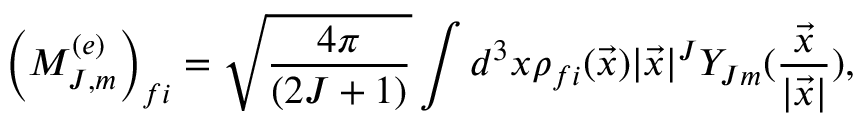
\left( M _ { J , m } ^ { ( e ) } \right) _ { f i } = \sqrt { { \frac { 4 \pi } { ( 2 J + 1 ) } } } \int d ^ { 3 } x \rho _ { f i } ( \vec { x } ) | \vec { x } | ^ { J } Y _ { J m } ( { \frac { \vec { x } } { | \vec { x } | } } ) ,